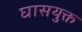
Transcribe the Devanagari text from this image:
घासयुक्त